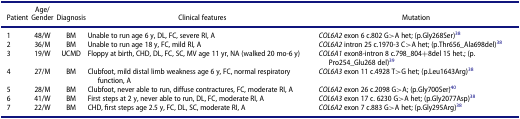
<table><thead><tr><td><b>Patient</b></td><td><b>Age/Gender</b></td><td><b>Diagnosis</b></td><td><b>Clinical features</b></td><td><b>Mutation</b></td></tr></thead><tbody><tr><td>1</td><td>48/W</td><td>BM</td><td>Unable to run age 6 y, DL, FC, severe RI, A</td><td><i>COL6A2</i> exon 6 c.802 G&gt;A het; (p.Gly268Ser)<sup>38</sup></td></tr><tr><td>2</td><td>36/M</td><td>BM</td><td>Unable to run age 18 y, FC, mild RI, A</td><td><i>COL6A2</i> intron 25 c.1970-3 C&gt;A het; (p.Thr656_Ala698del)<sup>38</sup></td></tr><tr><td>3</td><td>19/W</td><td>UCMD</td><td>Floppy at birth, CHD, DL, FC, SC, MV age 11 yr, NA (walked 20 mo-6 y)</td><td><i>COL6A1</i> exon8-intron 8 c.798_804+8del 15 het.; (p.Pro254_Glu268 del)<sup>39</sup></td></tr><tr><td>4</td><td>27/M</td><td>BM</td><td>Clubfoot, mild distal limb weakness age 6 y, FC, normal respiratory function, A</td><td><i>COL6A3</i> exon 11 c.4928 T&gt;G het; (p.Leu1643Arg)<sup>38</sup></td></tr><tr><td>5</td><td>28/M</td><td>BM</td><td>Clubfoot, never able to run, diffuse contractures, FC, moderate RI, A</td><td><i>COL6A2</i> exon 26 c.2098 G&gt;A; (p.Gly700Ser)<sup>40</sup></td></tr><tr><td>6</td><td>41/W</td><td>BM</td><td>First steps at 2 y, never able to run, DL, FC, moderate RI, A</td><td><i>COL6A3</i> exon 17 c. 6230 G&gt;A het; (p.Gly2077Asp)<sup>38</sup></td></tr><tr><td>7</td><td>22/W</td><td>BM</td><td>CHD, first steps age 2.5 y, FC, DL, SC, moderate RI, A</td><td><i>COL6A2</i> exon 7 c.883 G&gt;A het; (p.Gly295Arg)<sup>38</sup></td></tr></tbody></table>